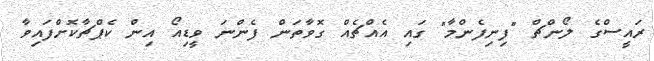
ރައީސްގެ ލޯންޗް "ފިނިފެންމާ" ގައި އެއްޗެއް ގޮވާތަން ފެންނަ ވީޑިއޯ އިން ކެޕްޗާކޮށްފައިވާ